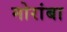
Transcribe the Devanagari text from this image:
मोरांबा